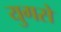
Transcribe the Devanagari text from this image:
युगसे